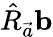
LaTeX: \hat{R}_{\vec{a}}\mathbf{b}